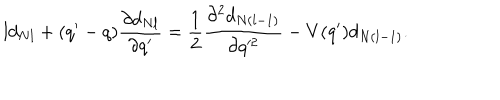
l d _ { N l } + ( q ^ { \prime } - q ) \frac { \partial d _ { N l } } { \partial q ^ { \prime } } = \frac { 1 } { 2 } \frac { \partial ^ { 2 } d _ { N ( l - 1 ) } } { \partial q ^ { 2 } } - V ( q ^ { \prime } ) d _ { N ( l - 1 ) } .